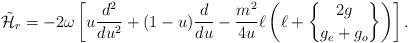
\begin{align*}\tilde{\cal H}_r=-2\omega\left[u{d^2\over{du^2}} +(1-u){d\over{du}}-{m^2\over{4u}}\ell\left(\ell+{2g\brace g_e+g_o}\right)\right].\end{align*}